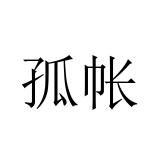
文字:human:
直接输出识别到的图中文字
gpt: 孤帐